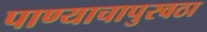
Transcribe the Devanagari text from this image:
पाण्याचापुरवठा